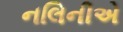
નલિનીએ